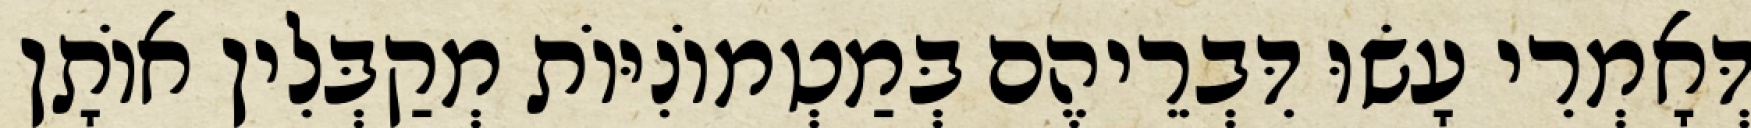
דְּאָמְרִי עָשׂוּ דִּבְרֵיהֶם בְּמַטְמוֹנִיּוֹת מְקַבְּלִין אוֹתָן